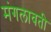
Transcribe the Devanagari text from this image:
मंगलावती